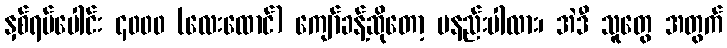
နှစ်ရပ်ပေါင်း ၄၀၀၀ (လေးထောင်) ကျော်ခန့်ဆိုတော့ မနည်းပါလား၊ အဲဒီ သူတွေ အတွက်